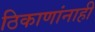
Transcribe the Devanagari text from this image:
ठिकाणांनाही